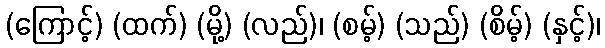
(ကြောင့်) (ထက်) (မို့) (လည်)၊ (စမ့်) (သည်) (စိမ့်) (နှင့်)၊